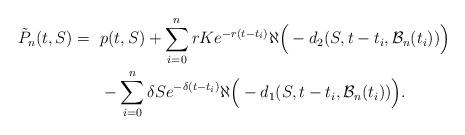
LaTeX: \begin{align*}\tilde{P}_{n}(t, S) = ~&p(t, S) + \sum_{i=0}^{n}rK e^{-r(t - t_{i})}\aleph \Big(-d_{2}(S, t - t_{i}, \mathcal{B}_{n}(t_{i}))\Big) \\ & - \sum_{i=0}^{n} \delta S e^{-\delta (t- t_{i})} \aleph \Big(-d_{1}(S, t - t_{i}, \mathcal{B}_{n}(t_{i}))\Big).\end{align*}